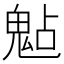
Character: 𩲦